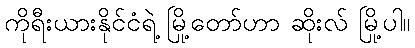
ကိုရီးယားနိုင်ငံရဲ့ မြို့တော်ဟာ ဆိုးလ် မြို့ပါ။